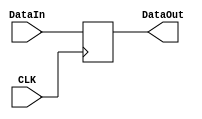

module Register(
	input CLK,
	input [31:0] DataIn, 
	output reg [31:0] DataOut
);

	always @(posedge CLK)
	begin
		DataOut = DataIn;
	end
	
endmodule

module IR(
	input CLK, IRWrite,
	input [31:0] DataIn,
	output reg [31:0] DataOut
);

	always @(posedge CLK)
	begin
		if(IRWrite==1'b1) 
		begin
			DataOut <= DataIn;
		end
	end
	
endmodule

module SignExtend(
	input [15:0] In,
	output [31:0] Out
);

	assign Out = {{16{In[15]}},In[15:0]};

endmodule

module Four2One(
	input [1:0] Control,
	input [31:0] A, B, C, D,
	output [31:0] Out
);

	assign Out = Control[1] ? (Control[0] ? D : C) : (Control[0] ? B : A);
	
endmodule